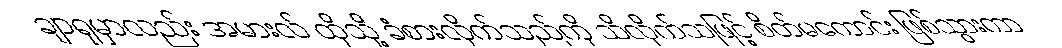
ချာရုမှာလည်း အမားလ် ထိုသို့ ခံစားလိုက်သည်ကို သိလိုက်သဖြင့် စိတ်မကောင်း ဖြစ်သွားကာ